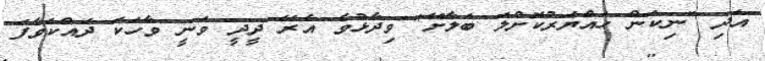
އަދި "ނިކަން ހައްޔަރުކޮށްލަ ބަލާށޭ" ވިދާޅުވެ އެރޭ ދީދީ ވަނީ ވާހަކަ ދައްކަވާފަ